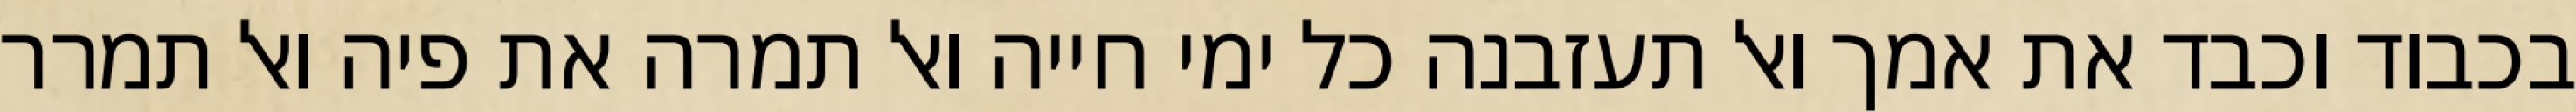
בכבוד וכבד את אמך ואל תעזבנה כל ימי חייה ואל תמרה את פיה ואל תמרר